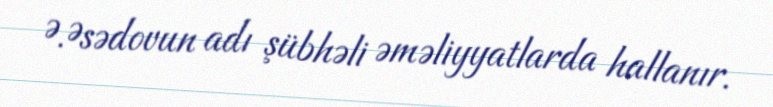
Ə.Əsədovun adı şübhəli əməliyyatlarda hallanır.